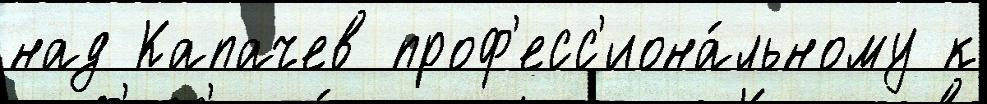
над Капачев проф'есс'иона́льному к